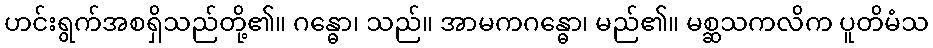
ဟင်းရွက်အစရှိသည်တို့၏။ ဂန္ဓော၊ သည်။ အာမကဂန္ဓော၊ မည်၏။ မစ္ဆသကလိက ပူတိမံသ